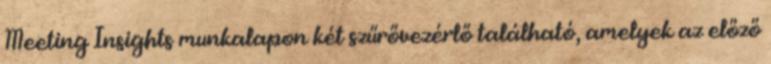
Meeting Insights munkalapon két szűrővezérlő található, amelyek az előző